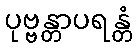
ပုဗ္ဗန္တာပရန္တံ